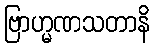
ဗြာဟ္မဏသတာနိ